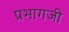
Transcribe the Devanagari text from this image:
प्रभागजी